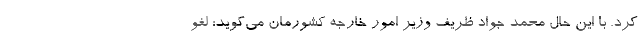
کرد. با این حال محمد جواد ظریف وزیر امور خارجه کشورمان می‌گوید: لغو